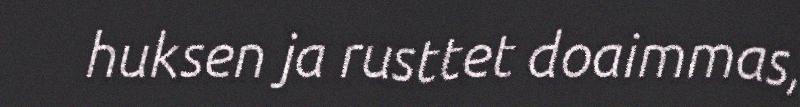
huksen ja rusttet doaimmas,